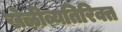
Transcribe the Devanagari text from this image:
खेळीव्यतिरिक्त